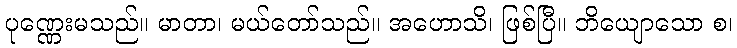
ပုဏ္ဏေးမသည်။ မာတာ၊ မယ်တော်သည်။ အဟောသိ၊ ဖြစ်ပြီ။ ဘိယျောသော စ၊